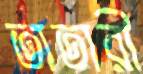
তাতারী